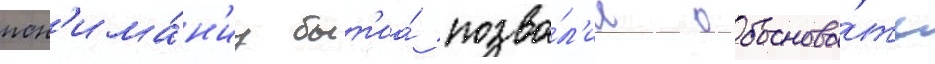
пон'има́н'иу быт'иа́ позво́л'ил обоснова́ть